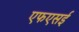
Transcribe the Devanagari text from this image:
एफएसई